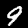
Label: 9